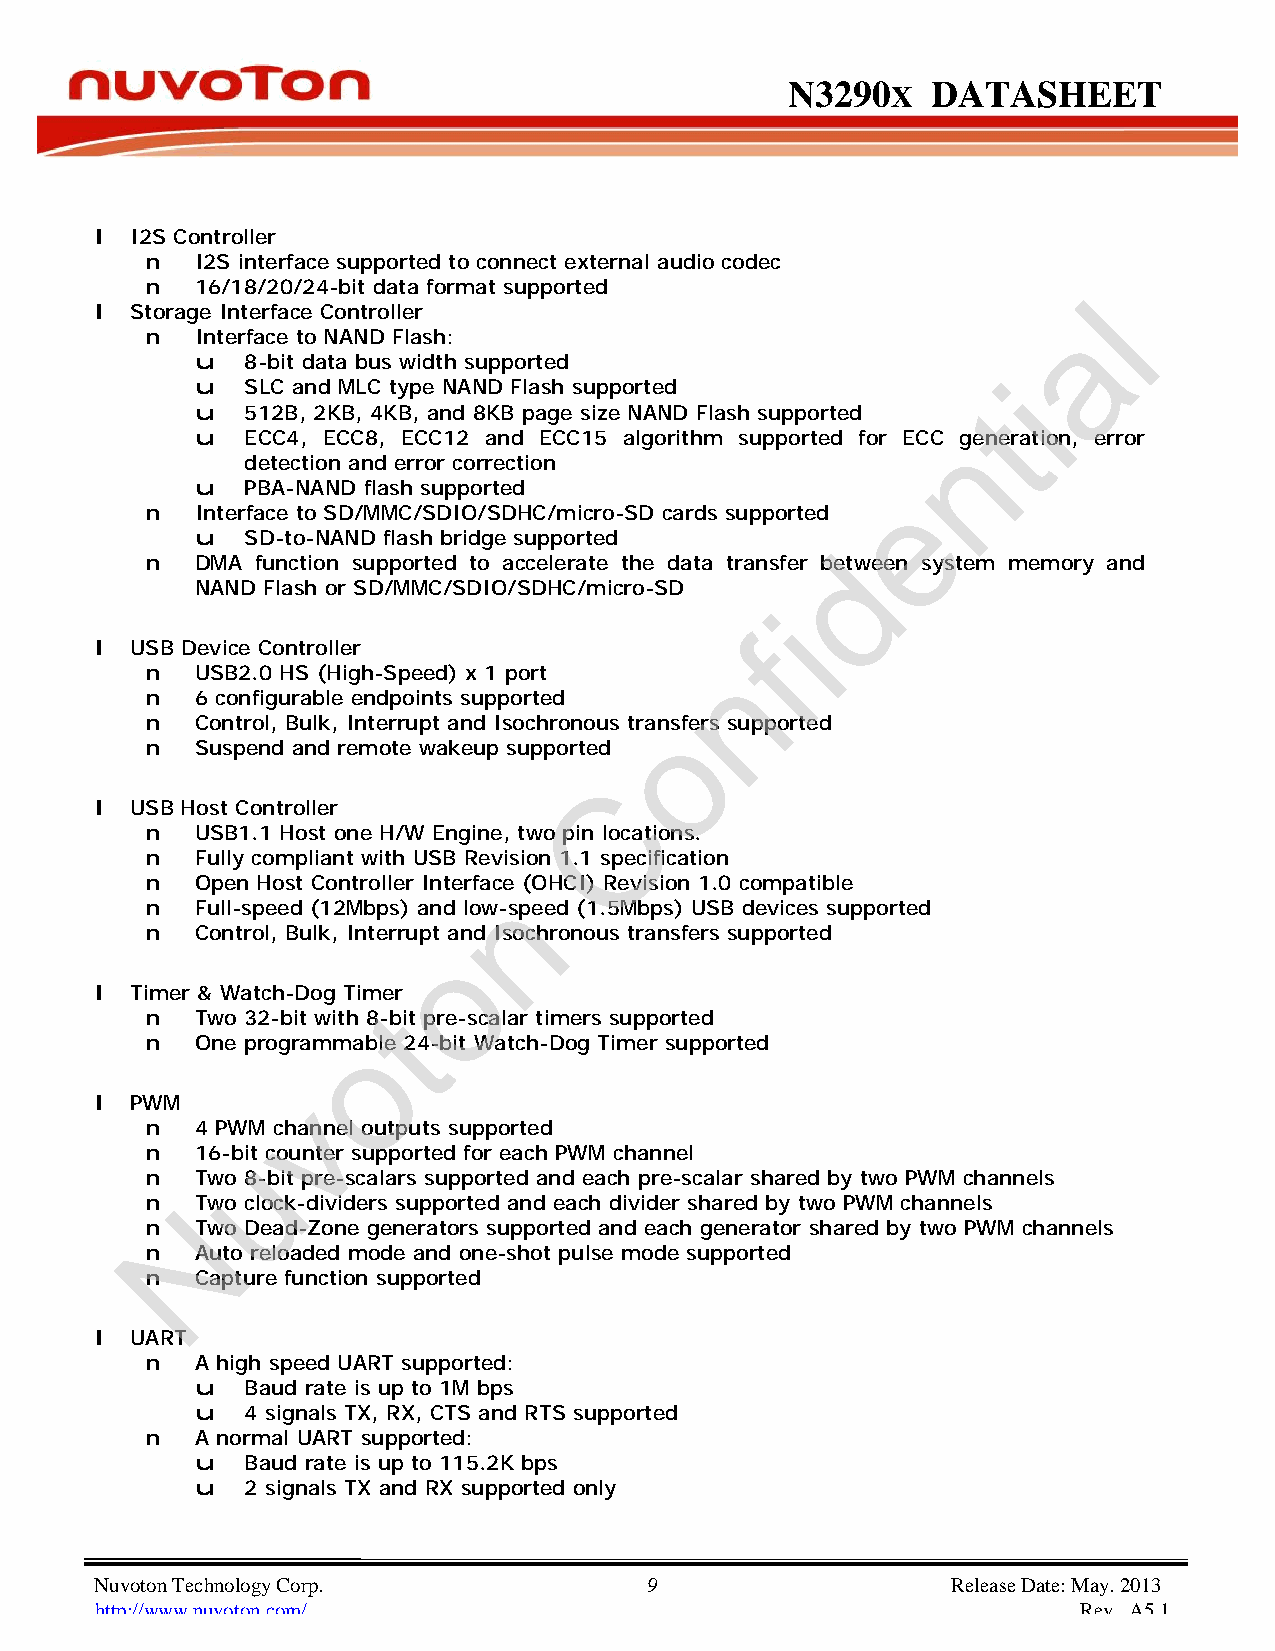
N3290      X DATASHEET
 l  I2S Controller
 n  I2S interface supported to connect external audio codec
 n  16/18/20/24-bit data format supported
 l
 l  Storage Interface Controller                                 a
 n  Interface to NAND Flash:
 u  8-bit data bus width supported
 i
 u  SLC and MLC type NAND Flash supported
 t
 u  512B, 2KB, 4KB, and 8KB page size NAND Flash supported
 n
 u  ECC4, ECC8, ECC12 and ECC15 algorithm supported for ECC generation, error
 detection and error correction
 u  PBA-NAND flash supported                   e
 n  Interface to SD/MMC/SDIO/SDHC/micro-SD cards supported
 u  SD-to-NAND flash bridge supported
 d
 n  DMA function supported to accelerate the data transfer between system memory and
 NAND Flash or SD/MMC/SDIO/SDHC/micro-SD
 i
 f
 l  USB Device Controller
 n
 n  USB2.0 HS (High-Speed) x 1 port
 n  6 configurable endpoints supported
 n  Control, Bulk, Interrupt and Isochronous tranosfers supported
 n  Suspend and remote wakeup supported
 C
 l  USB Host Controller
 n  USB1.1 Host one H/W Engine, two pin locations.
 n  Fully compliant with USB Revisi on 1.1 specification
 n  Open Host Controller Interfacne (OHCI) Revision 1.0 compatible
 n  Full-speed (12Mbps) and low-speed (1.5Mbps) USB devices supported
 n  Control, Bulk, Interrupt and Isochronous transfers supported
 o
 l  Timer & Watch-Dog Timer
 t
 n  Two 32-bit with 8-bit pre-scalar timers supported
 o
 n  One programmable 24-bit Watch-Dog Timer supported
 v
 l  PWM
 n  4 PWM channel outputs supported
 u
 n  16-bit counter supported for each PWM channel
 n  Two 8-bit pre-scalars supported and each pre-scalar shared by two PWM channels
 n NTwo clock-dividers supported and each divider shared by two PWM channels
 n  Two Dead-Zone generators supported and each generator shared by two PWM channels
 n  Auto reloaded mode and one-shot pulse mode supported
 n  Capture function supported
 l  UART
 n  A high speed UART supported:
 u  Baud rate is up to 1M bps
 u  4 signals TX, RX, CTS and RTS supported
 n  A normal UART supported:
 u  Baud rate is up to 115.2K bps
 u  2 signals TX and RX supported only
 Nuvoton Technology Corp. 9                               Release Date: May. 2013
 http://www.nuvoton.com/                                           Rev. A5.1